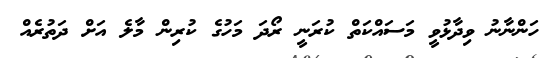
ހަންނާނު ވިދާޅުވީ މަސައްކަތް ކުރަނީ ރޯދަ މަހުގެ ކުރިން މާލެ އަށް ދަތުރެއް